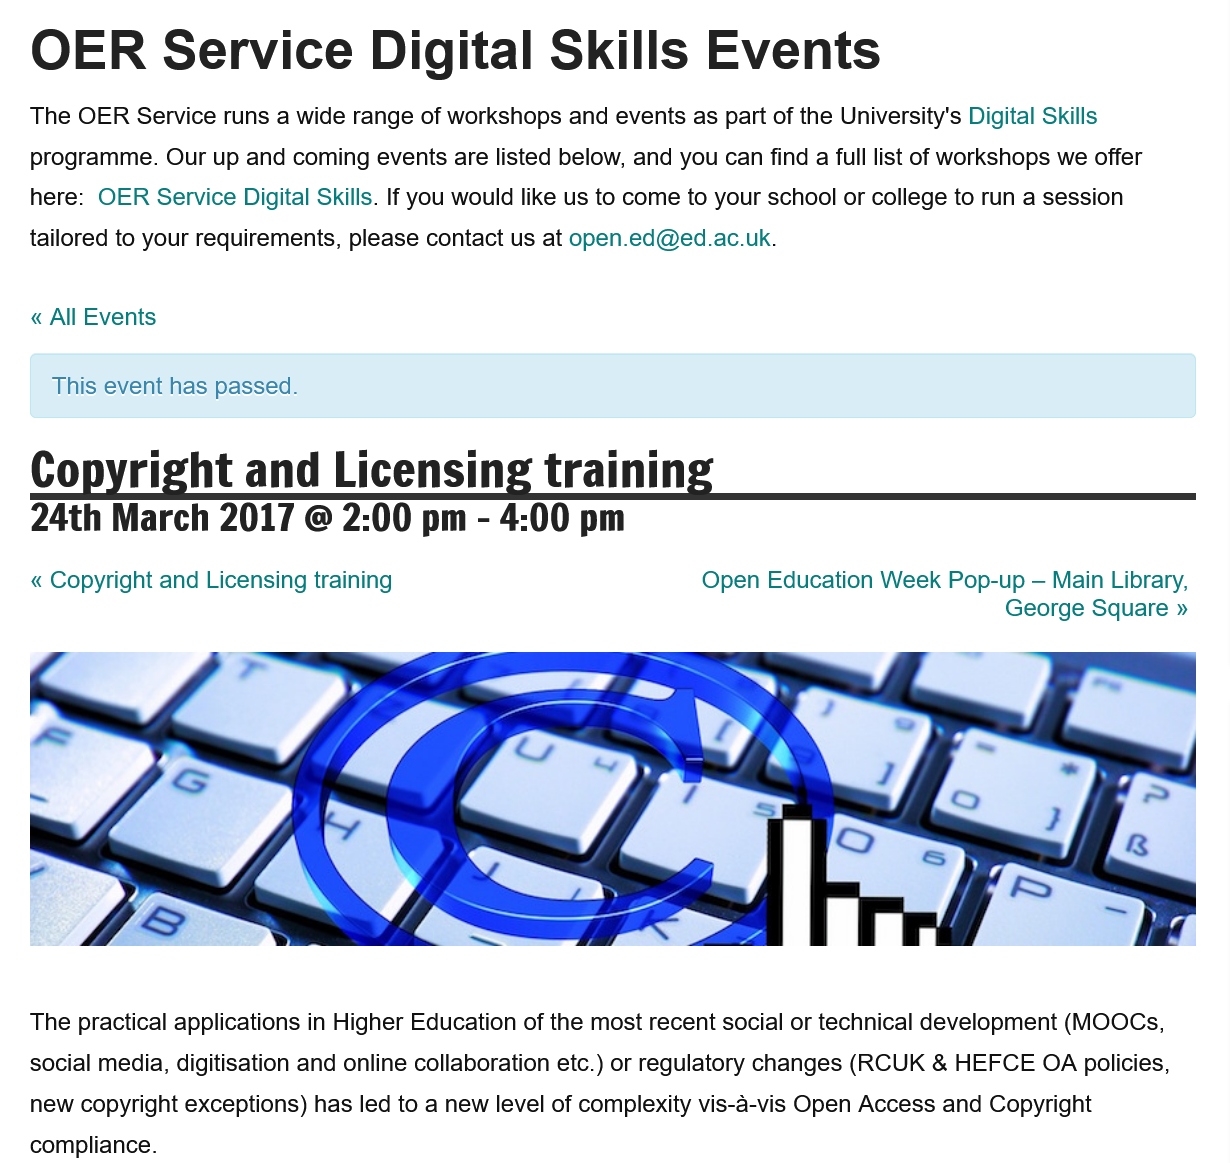
OER    Service    Digital    Skills    Events
   The OER Service runs a wide range of workshops and events as part of the University's Digital Skills
   programme. Our up and coming events are listed below, and you can find
  a
     full list of workshops we offer
   here: OER Service Digital Skills. If you would like us to come to your school or college to run a session
   tailored to your requirements, please contact us at open.ed@ed.ac.uk.
   « All Events
   The practical applications in Higher Education of the most recent social or technical development (MOOCs,
   social media, digitisation and online collaboration etc.) or regulatory changes (RCUK & HEFCE OA policies,
   new copyright exceptions) has led to a new level of complexity vis-a-vis Open Access and Copyright
   compliance.
     Open  Education Week Pop-up —
     Main Library,
     George Square »
   Copyright    and    Licensing    training

   24th   March   2017   @  2:00   pm
     -
     4:00   pm
   « Copyright and Licensing training
     This event has passed.